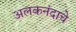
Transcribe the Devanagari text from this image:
अलकनंदाचे